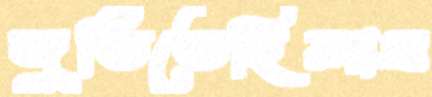
জুতিতেছিলাম